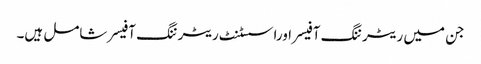
جن میں ریٹرننگ آفیسراوراسسٹنٹ ریٹرننگ آفیسر شامل ہیں۔